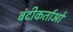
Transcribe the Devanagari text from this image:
बंदीकर्ताओं